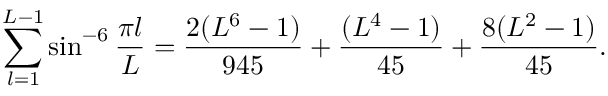
\sum _ { l = 1 } ^ { L - 1 } \sin ^ { - 6 } { \frac { \pi l } { L } } = { \frac { 2 ( L ^ { 6 } - 1 ) } { 9 4 5 } } + { \frac { ( L ^ { 4 } - 1 ) } { 4 5 } } + { \frac { 8 ( L ^ { 2 } - 1 ) } { 4 5 } } .